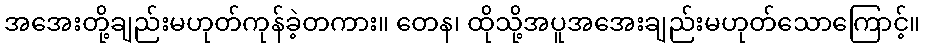
အအေးတို့ချည်းမဟုတ်ကုန်ခဲ့တကား။ တေန၊ ထိုသို့အပူအအေးချည်းမဟုတ်သောကြောင့်။